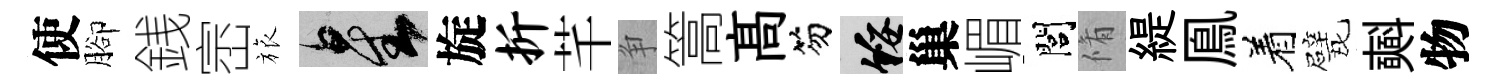
使腳銭崈旅星旋折芊争篙髙笏綏巢嵋閭脩緹鳯着戏𣂏物